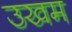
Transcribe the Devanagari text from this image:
उखम